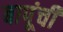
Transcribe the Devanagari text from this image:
बापूंची